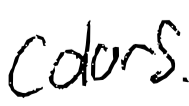
Text: colors.
Cross-out: clean
Writing tool: digital_black